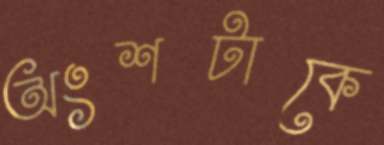
অংশটাকে